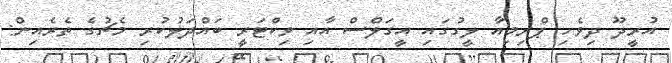
އުރީދޫ ދިވެހި ޕްރިމިއާ ލީގުގައި އީގަލްސް އާއި ވިކްޓަރީ ބައްދަލުކުރި މެޗުގެ ތެރެއިން: